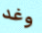
وغد